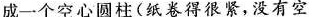
卷成一个空心圆柱(纸卷得很紧，没有空